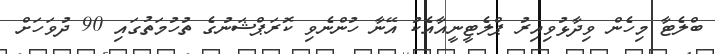
ބްލެޓާ މިހެން ވިދާޅުވިއިރު ޕްލެޓީނީއާއެކު އޭނާ ހުންނެވި ކޮރަޕްޝަނުގެ ތުހުމަތުގައި 90 ދުވަހަށް